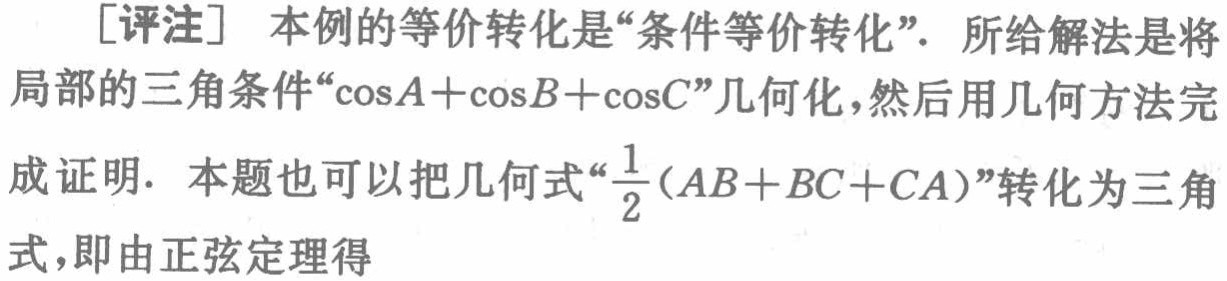
[评注] 本例的等价转化是“条件等价转化”．所给解法是将局部的三角条件“\(\cos A+\cos B+\cos C\)”几何化，然后用几何方法完成证明．本题也可以把几何式“\(\frac{1}{2}(AB + BC + CA)\)”转化为三角式，即由正弦定理得